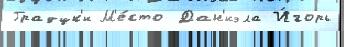
Градцк'и М'е́сто Дан'иэла И́горь